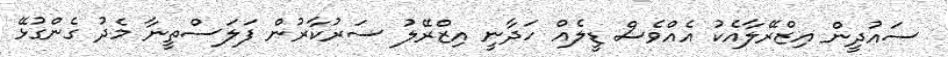
ސައުދީން އިޒްރޭލާއެކު އެއްވެސް ޑީލެއް ހަދާނީ އިޒްރޭލު ސަރުކާރުން ފަލަސްތީނާ މެދު ގެންގުޅޭ